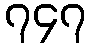
၇၄၇